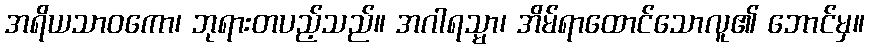
အရိယသာဝကော၊ ဘုရားတပည့်သည်။ အဂါရသ္မာ၊ အိမ်ရာထောင်သောလူ၏ ဘောင်မှ။